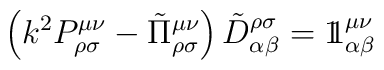
\left(k^2P^{\mu\nu}_{\rho\sigma}-\tilde\Pi^{\mu\nu}_{\rho\sigma}\right)\tilde D^{\rho\sigma}_{\alpha\beta}=1{\hskip-.35em}1^{\mu\nu}_{\alpha\beta}